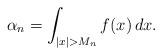
LaTeX: \begin{align*}\alpha _{n}=\int_{\left| x\right| >M_{n}}f(x)\,dx. \end{align*}